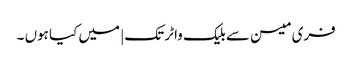
فری میسن سے بلیک واٹر تک | میں کیا ہوں ۔